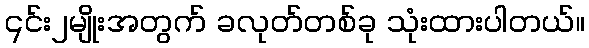
၎င်း၂မျိုးအတွက် ခလုတ်တစ်ခု သုံးထားပါတယ်။